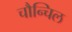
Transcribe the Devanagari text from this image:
चौन्चिल